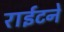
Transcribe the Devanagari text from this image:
राईटने